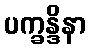
ပက္ခန္ဒိနာ